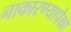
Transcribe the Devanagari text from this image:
नाकारण्यापेक्षा